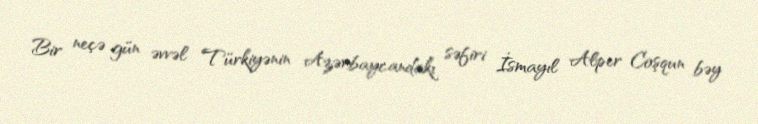
Bir neçə gün əvvəl Türkiyənin Azərbaycandakı səfiri İsmayıl Alper Coşqun bəy